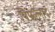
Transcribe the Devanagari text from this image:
पिपल्लाद